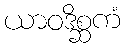
ယာဝဒိစ္ဆကံ